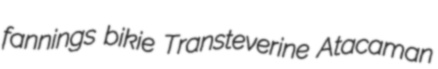
fannings bikie Transteverine Atacaman